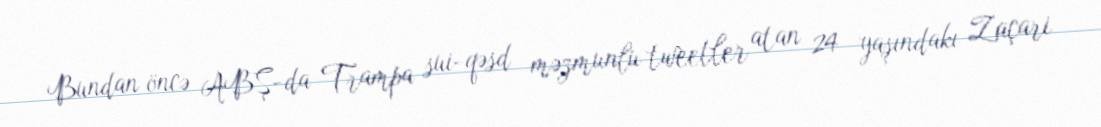
Bundan öncə ABŞ-da Trampa sui-qəsd məzmunlu tweetler atan 24 yaşındakı Zaçari